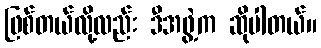
ဖြစ်တယ်လို့လည်း ဒီအဖွဲ့က ဆိုပါတယ်။